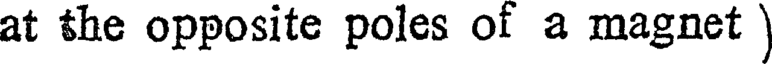
at the opposite poles of a magnet )